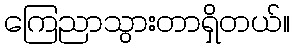
ကြေညာသွားတာရှိတယ်။